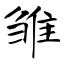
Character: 雏